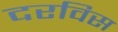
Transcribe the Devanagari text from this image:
दरविस